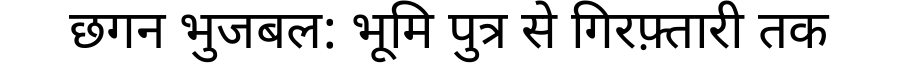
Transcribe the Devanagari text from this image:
छगन भुजबल: भूमि पुत्र से गिरफ़्तारी तक